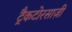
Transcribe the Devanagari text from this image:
ट्रैकटोरसाज़ी